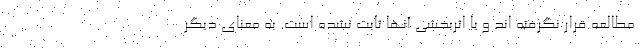
مطالعه قرار نگرفته اند و یا اثربخشی آنها ثابت نشده است. به معنای دیگر